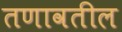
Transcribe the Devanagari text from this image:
तणावतील